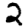
Digit: 2